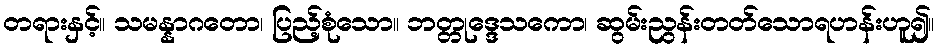
တရားနှင့်။ သမန္နာဂတော၊ ပြည့်စုံသော။ ဘတ္တုဒ္ဒေသကော၊ ဆွမ်းညွန်းတတ်သောရဟန်းဟူ၍။